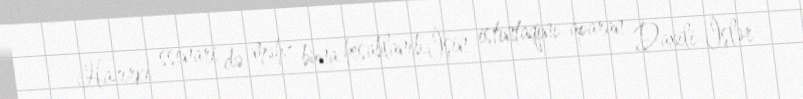
Hazırkı ssenari də məhz buna hesablanıb.İşin istintaqını aparan Daxili İşlər